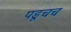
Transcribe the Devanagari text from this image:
पडूचच